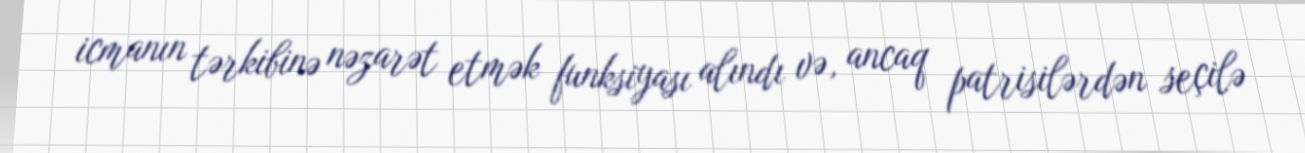
icmanın tərkibinə nəzarət etmək funksiyası alındı və, ancaq patrisilərdən seçilə